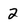
Character: 2